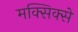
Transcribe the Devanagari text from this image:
मक्सिक्से